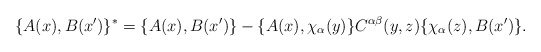
\begin{align*}\{A(x),B(x^{\prime})\}^{*}=\{A(x),B(x^{\prime})\}-\{A(x),\chi_{\alpha}(y)\}C^{\alpha \beta}(y,z)\{\chi_{\alpha}(z),B(x^{\prime})\}.\end{align*}